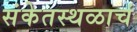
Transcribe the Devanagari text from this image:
संकेतस्थळाचं